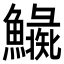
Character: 𩼍